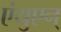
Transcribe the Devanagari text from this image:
एंयुएन्